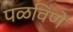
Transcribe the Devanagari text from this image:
पळविणे